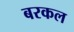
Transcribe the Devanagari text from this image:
बरकल